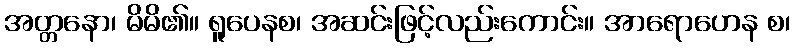
အတ္တနော၊ မိမိ၏။ ရူပေနစ၊ အဆင်းဖြင့်လည်းကောင်း။ အာရောဟေန စ၊